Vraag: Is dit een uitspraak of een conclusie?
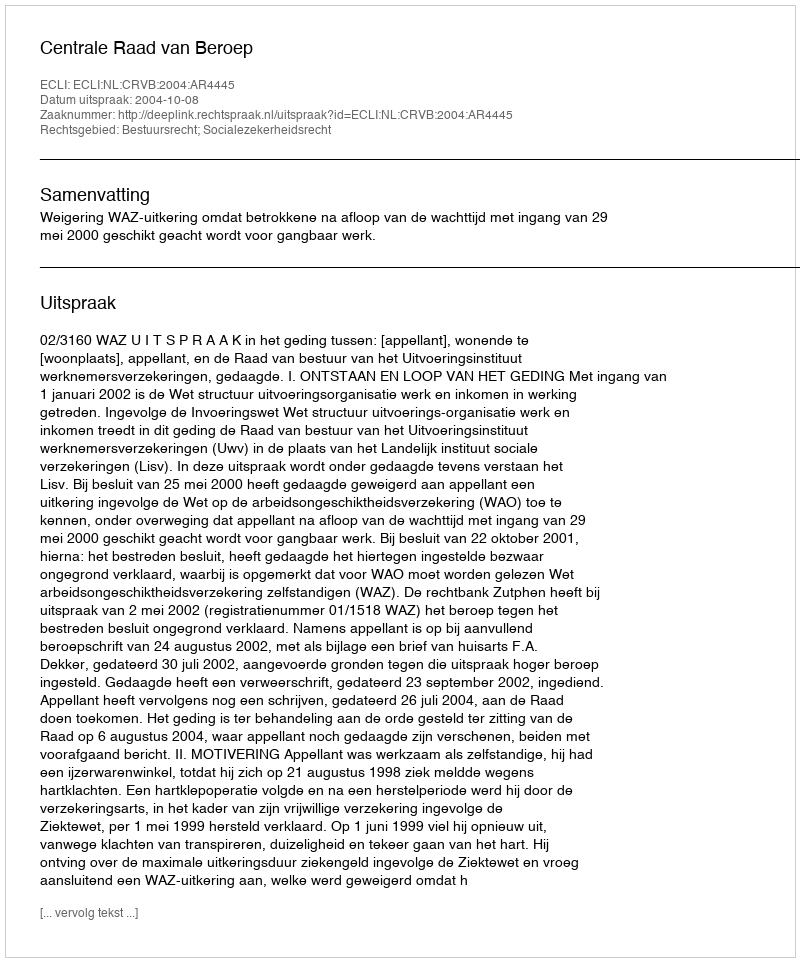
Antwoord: Uitspraak